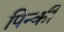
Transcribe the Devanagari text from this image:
पिन्की